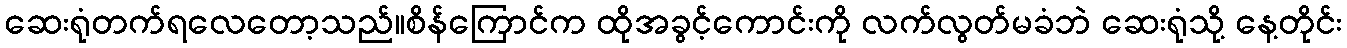
ဆေးရုံတက်ရလေတော့သည်။စိန်ကြောင်က ထိုအခွင့်ကောင်းကို လက်လွတ်မခံဘဲ ဆေးရုံသို့ နေ့တိုင်း